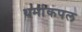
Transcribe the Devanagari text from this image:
थर्माकपल